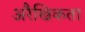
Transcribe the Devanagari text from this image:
अरैखिकता